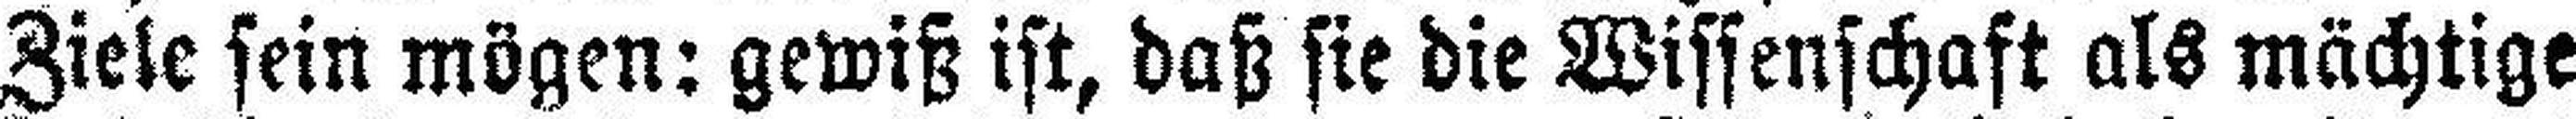
Ziele sein mögen: gewiß ist, daß sie die Wissenschaft als mächtige